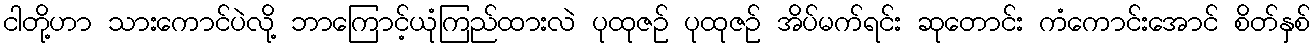
ငါတို့ဟာ သားကောင်ပဲလို့ ဘာကြောင့်ယုံကြည်ထားလဲ ပုထုဇဉ် ပုထုဇဉ် အိပ်မက်ရင်း ဆုတောင်း ကံကောင်းအောင် စိတ်နှစ်